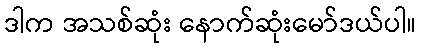
ဒါက အသစ်ဆုံး နောက်ဆုံးမော်ဒယ်ပါ။